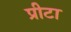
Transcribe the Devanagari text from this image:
प्रीटा